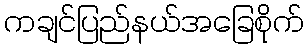
ကချင်ပြည်နယ်အခြေစိုက်